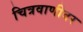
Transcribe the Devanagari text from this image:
चित्रवाणीवर